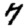
Digit: 7